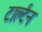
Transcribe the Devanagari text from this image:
टार्ल्टन